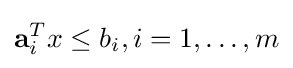
\mathbf {a} _{i}^{T}x\leq b_{i},i=1,\ldots ,m